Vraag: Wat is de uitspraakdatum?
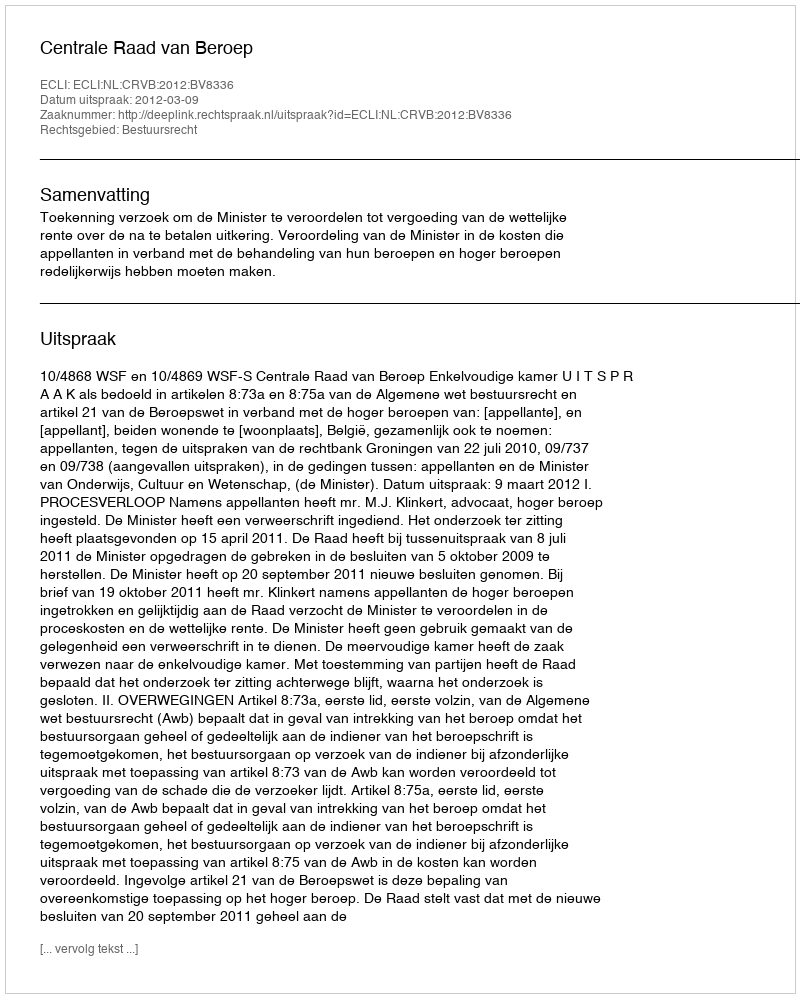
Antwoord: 2012-03-09